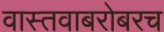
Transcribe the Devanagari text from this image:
वास्तवाबरोबरच